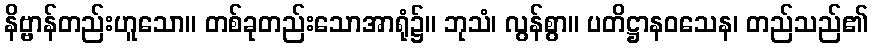
နိဗ္ဗာန်တည်းဟူသော။ တစ်ခုတည်းသောအာရုံ၌။ ဘုသံ၊ လွန်စွာ။ ပတိဋ္ဌာနဝသေန၊ တည်သည်၏